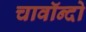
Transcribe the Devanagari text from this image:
चावॉन्दो